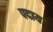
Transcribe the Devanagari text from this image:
पदाय